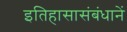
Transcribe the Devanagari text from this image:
इतिहासासंबंधानें